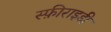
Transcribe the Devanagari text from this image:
स्फ़ीराइडी